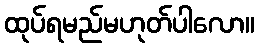
ထုပ်ရမည်မဟုတ်ပါလော။